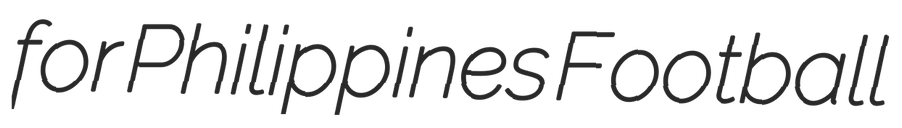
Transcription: for Philippines Football